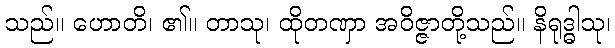
သည်။ ဟောတိ၊ ၏။ တာသု၊ ထိုတဏှာ အဝိဇ္ဇာတို့သည်။ နိရုဒ္ဓါသု၊